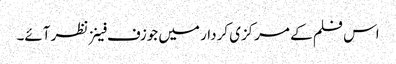
اس فلم کے مرکزی کردار میں جوزف فینز نظر آئے۔